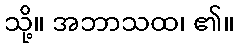
သို့။ အဘာသထ၊ ၏။